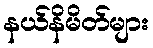
နယ်နိမိတ်များ